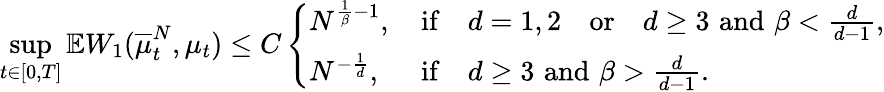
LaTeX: \operatorname*{sup}_{t\in[0,T]}\mathbb{E}W_{1}(\overline{{\mu}}_{t}^{N},\mu_{t})\leq C\left\{ \begin{array}{ll}{N^{\frac{1}{\beta}-1},\, }&{\mathrm{if}\quad d=1,2\quad\mathrm{or}\quad d\geq 3\, \, \mathrm{and}\, \, \beta<\frac{d}{d-1},}\\ {N^{-\frac 1d},\, }&{\mathrm{if}\quad d\geq 3\, \, \mathrm{and}\, \, \beta>\frac{d}{d-1}.}\end{array}\right.